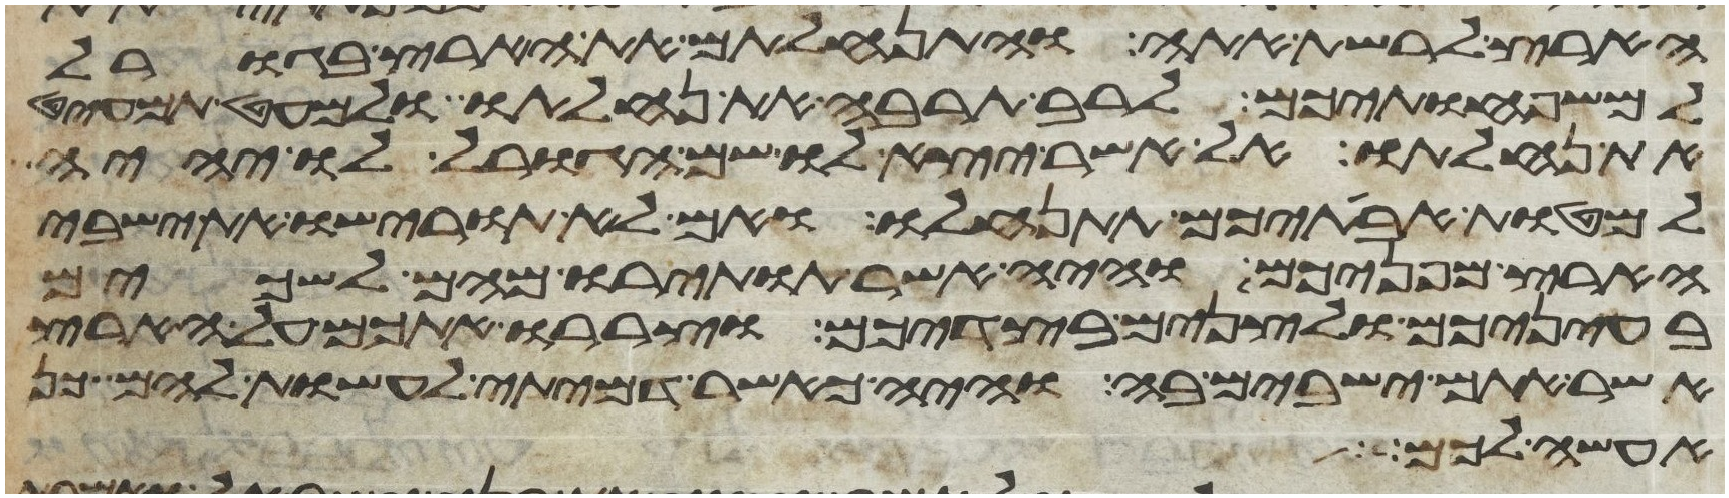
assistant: הארץ לרשת אתה והתנחלתם את הארץ בגורל
למשפחותיכם לרב תרבה את נחלתו ולמעט תמעיט
את נחלתו על אשר יצא לו שם הגורל לו יהיה
למטות אבתיכם תתנחלו ואם לא תורישו את ישבי
הארץ מפניכם והיה אשר תותירו מהם לשכים
בעיניכם ולצנים בצדיכם וצררו אתכם על הארץ
אשר אתם ישבים בה והיה כאשר דמיתי לעשות להם כן
אעשה לכל